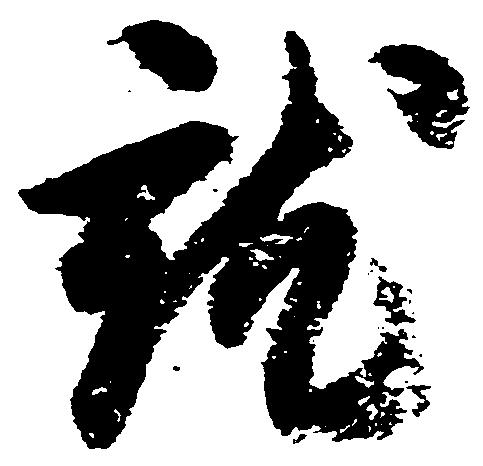
就